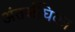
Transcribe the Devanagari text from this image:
अंतर्जंघिका